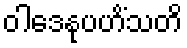
ဝါဒေနုပဟိံသတိ